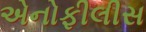
એનોફીલીસ